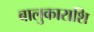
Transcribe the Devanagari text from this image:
बालुकाराशि